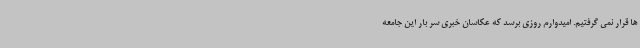
ها قرار نمی گرفتیم. امیدوارم روزی برسد که عکاسان خبری سر بار این جامعه